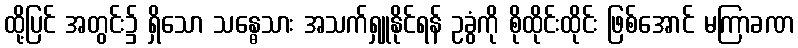
ထို့ပြင် အတွင်း၌ ရှိသော သန္ဓေသား အသက်ရှူနိုင်ရန် ဥခွံကို စိုထိုင်းထိုင်း ဖြစ်အောင် မကြာခဏ